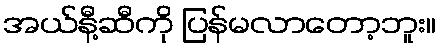
အယ်နီ့ဆီကို ပြန်မလာတော့ဘူး။